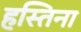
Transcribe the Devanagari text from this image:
हस्तिना